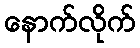
နောက်လိုက်